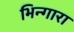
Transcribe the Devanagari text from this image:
भिन्गारा